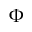
\Phi